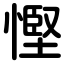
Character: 慳